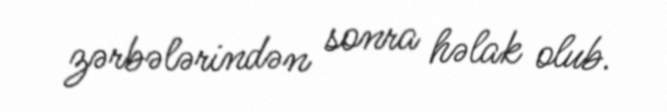
zərbələrindən sonra həlak olub.